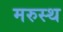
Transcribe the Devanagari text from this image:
मरुस्थ